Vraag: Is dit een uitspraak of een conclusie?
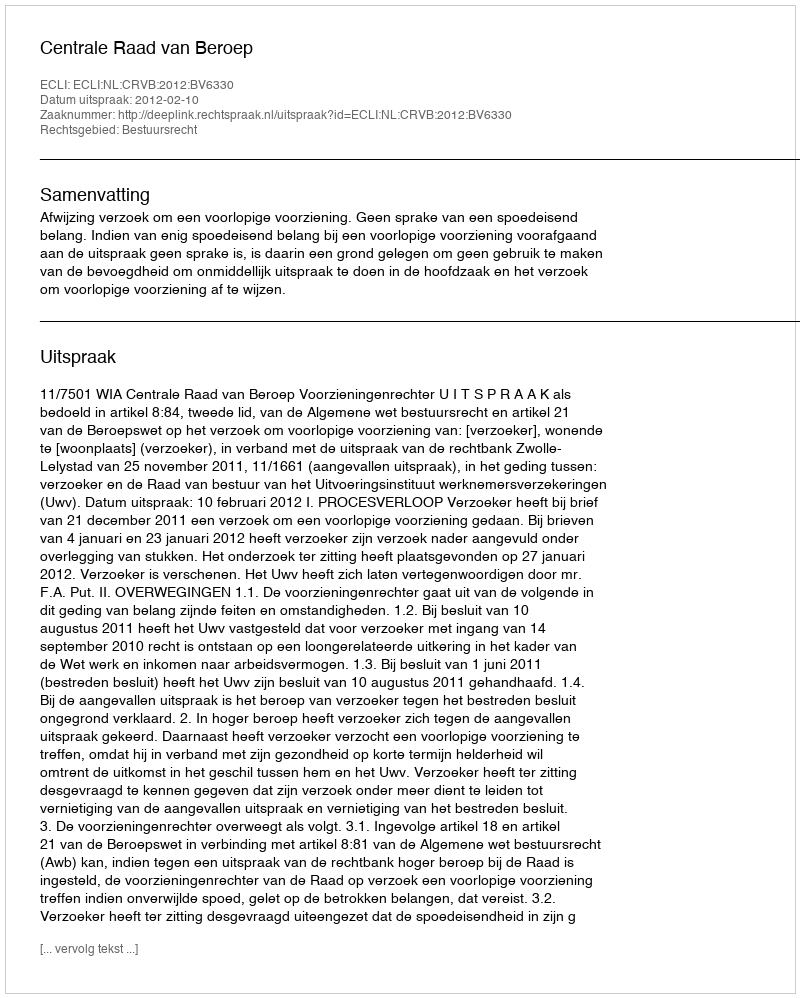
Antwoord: Uitspraak